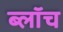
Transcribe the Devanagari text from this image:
ब्लाॅच